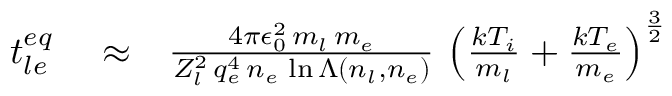
\begin{array} { r l r } { t _ { l e } ^ { e q } } & { { } \approx } & { \frac { 4 \pi \epsilon _ { 0 } ^ { 2 } \, m _ { l } \, m _ { e } } { Z _ { l } ^ { 2 } \, q _ { e } ^ { 4 } \, n _ { e } \, \ln \Lambda \left( n _ { l } , n _ { e } \right) } \, \left( \frac { k T _ { i } } { m _ { l } } + \frac { k T _ { e } } { m _ { e } } \right) ^ { \frac { 3 } { 2 } } } \end{array}